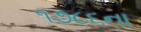
૧૭૮૬ના